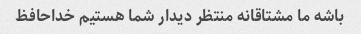
باشه ما مشتاقانه منتظر دیدار شما هستیم خداحافظ